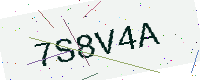
Text: 7S8V4A